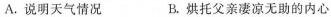
A.说明天气情况 B.烘托父亲凄凉无助的内心